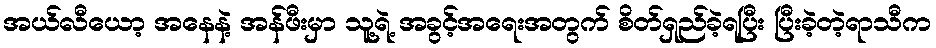
အယ်လီယော့ အနေနဲ့ အန်ဖီးမှာ သူ့ရဲ့ အခွင့်အရေးအတွက် စိတ်ရှည်ခဲ့ရပြီး ပြီးခဲ့တဲ့ရာသီက